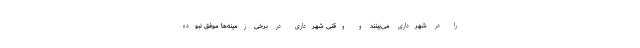
را در شهرداری می‌بینند و وقتی شهرداری در برخی زمینه‌ها موفق نبوده